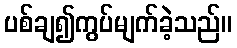
ပစ်ချ၍ကွပ်မျက်ခဲ့သည်။